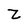
Character: Z